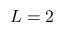
L = 2